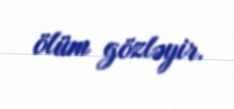
ölüm gözləyir.